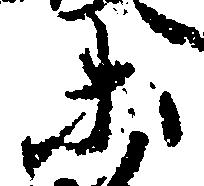
等